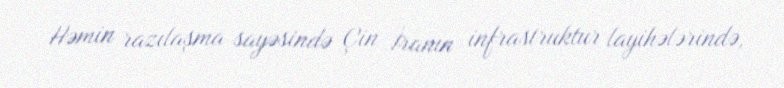
Həmin razılaşma sayəsində Çin İranın infrastruktur layihələrində,